Sketch of the medical history of the native army of Bombay, for the year
Year: 1876
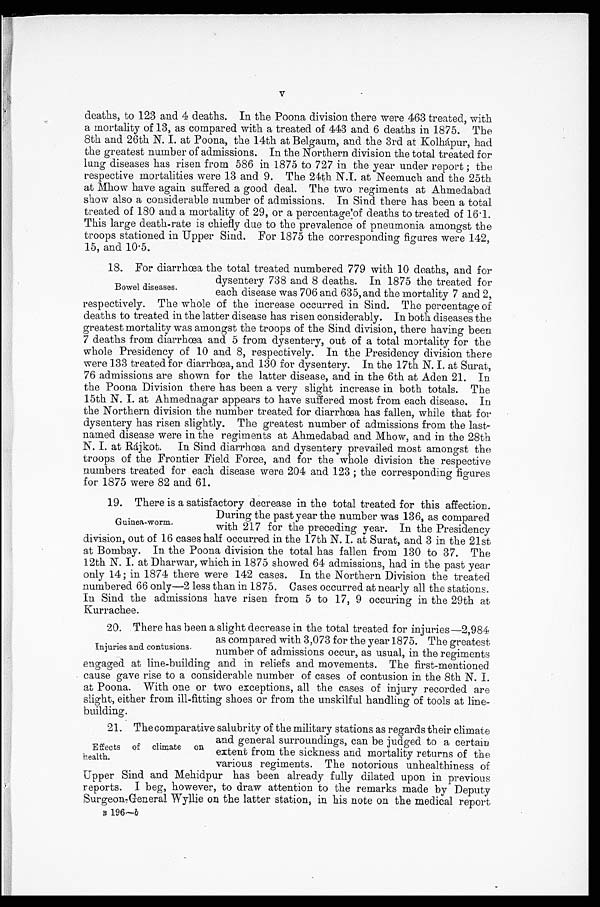
deaths, to 123 and 4 deaths. In the Poona division there were 463 treated, with
a mortality of 13, as compared with a treated of 443 and 6 deaths in 1875. The
8th and 26th N. I. at Poona, the 14th at Belgaum, and the 3rd at Kolhápur, had
the greatest number of admissions. In the Northern division the total treated for
lung diseases has risen from 586 in 1875 to 727 in the year under report ; the
respective mortalities were 13 and 9. The 24th N.I. at Neemuch and the 25th
at Mhow have again suffered a good deal. The two regiments at Ahmedabad
show also a considerable number of admissions. In Sind there has been a total
treated of 180 and a mortality of 29, or a percentage of deaths to treated of 16.1.
This large death-rate is chiefly due to the prevalence of pneumonia amongst the
troops stationed in Upper Sind. For 1875 the corresponding figures were 142,
15, and 10.5.
18. For diarrhœa the total treated numbered 779 with 10 deaths, and for
dysentery 738 and 8 deaths. In 1875 the treated for
each disease was 706 and 635, and the mortality 7 and 2,
respectively. The whole of the increase occurred in Sind. The percentage of
deaths to treated in the latter disease has risen considerably. In both diseases the
greatest mortality was amongst the troops of the Sind division, there having been
7 deaths from diarrhœa and 5 from dysentery, out of a total mortality for the
whole Presidency of 10 and 8, respectively. In the Presidency division there
were 133 treated for diarrhœa, and 130 for dysentery. In the 17th N. I. at Surat,
76 admissions are shown for the latter disease, and in the 6th at Aden 21. In
the Poona Division there has been a very slight increase in both totals. The
15th N. I. at Ahmednagar appears to have suffered most from each disease. In
the Northern division the number treated for diarrhœa has fallen, while that for
dysentery has risen slightly. The greatest number of admissions from the last
-named disease were in the regiments at Ahmedabad and Mhow, and in the 28th
N. I. at Rájkot. In Sind diarrhœa and dysentery prevailed most amongst the
troops of the Frontier Field Force, and for the whole division the respective
numbers treated for each disease were 204 and 123 ; the corresponding figures
for 1875 were 82 and 61.
19. There is a satisfactory decrease in the total treated for this affection.
During the past year the number was 136, as compared
with 217 for the preceding year. In the Presidency
division, out of 16 cases half occurred in the 17th N. I. at Surat, and 3 in the 21st
at Bombay. In the Poona division the total has fallen from 130 to 37. The
12th N. I. at Dharwar, which in 1875 showed 64 admissions, had in the past year
only 14 ; in 1874 there were 142 cases. In the Northern Division the treated
numbered 66 only—2 less than in 1875. Cases occurred at nearly all the stations.
In Sind the admissions have risen from 5 to 17, 9 occuring in the 29th at
Kurrachee.
20. There has been a slight decrease in the total treated for injuries—2,984
as compared with 3,073 for the year 1875. The greatest
number of admissions occur, as usual, in the regiments
engaged at line-building and in reliefs and movements. The first-mentioned
cause gave rise to a considerable number of cases of contusion in the 8th N. I.
at Poona. With one or two exceptions, all the cases of injury recorded are
slight, either from ill-fitting shoes or from the unskilful handling of tools at line-
building.
21. The comparative salubrity of the military stations as regards their climate
and general surroundings, can be judged to a certain
extent from the sickness and mortality returns of the
various regiments. The notorious unhealthiness of
Upper Sind and Mehidpur has been already fully dilated upon in previous
reports. I beg, however, to draw attention to the remarks made by Deputy
Surgeon-General Wyllie on the latter station, in his note on the medical report
B
1 9 6 —
b
Bowel diseases.
Guinea-worm.
Injuries and contusions.
Effects of climate on
health.